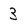
Character: 3